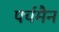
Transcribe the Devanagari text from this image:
पर्चमैन